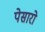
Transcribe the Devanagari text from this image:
पेसारो